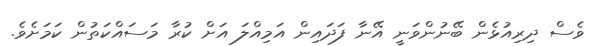
ވެސް ދިރިއުޅެން ބޭނުންވަނީ އޭނާ ފަދައިން އަމިއްލަ އަށް ކުރާ މަސައްކަތުން ކަމަށެވެ.